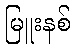
မြူးနစ်